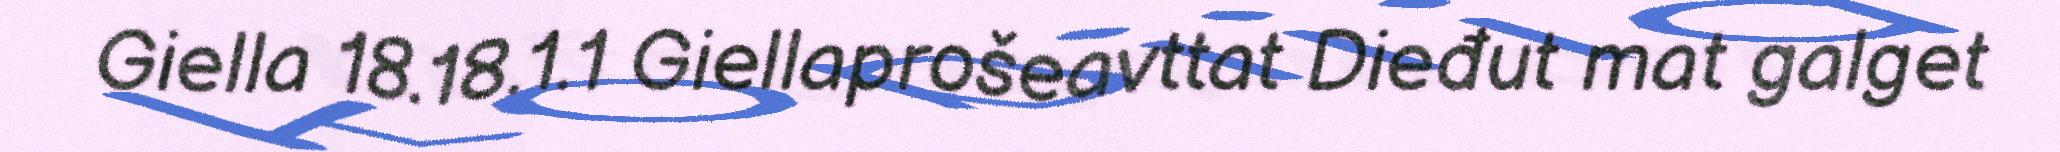
Giella 18.18.1.1 Giellaprošeavttat Dieđut mat galget